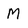
Character: M